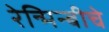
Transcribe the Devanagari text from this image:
रेन्मिन्बीचे